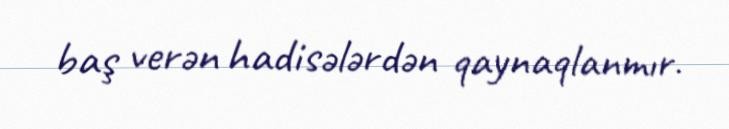
baş verən hadisələrdən qaynaqlanmır.